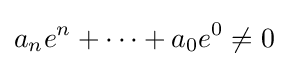
a_{n}e^{n}+\cdots +a_{0}e^{0}\neq 0